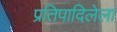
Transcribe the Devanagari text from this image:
प्रतिपादिलेला